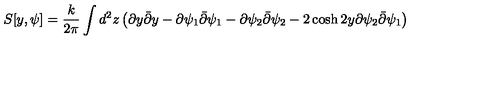
S [ y , \psi ] = \frac { k } { 2 \pi } \int d ^ { 2 } z \left( \partial y \bar { \partial } y - \partial \psi _ { 1 } \bar { \partial } \psi _ { 1 } - \partial \psi _ { 2 } \bar { \partial } \psi _ { 2 } - 2 \cosh { 2 y } \partial \psi _ { 2 } \bar { \partial } \psi _ { 1 } \right)